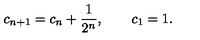
c _ { n + 1 } = c _ { n } + \frac { 1 } { 2 ^ { n } } , \qquad c _ { 1 } = 1 .